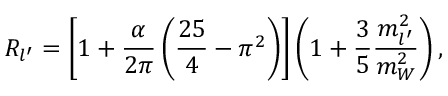
{ \cal R } _ { l ^ { \prime } } = \left[ 1 + \frac { \alpha } { 2 \pi } \left( \frac { 2 5 } { 4 } - \pi ^ { 2 } \right) \right] \left( 1 + \frac { 3 } { 5 } \frac { m _ { l ^ { \prime } } ^ { 2 } } { m _ { W } ^ { 2 } } \right) ,